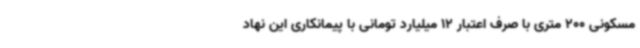
مسکونی 200 متری با صرف اعتبار 12 میلیارد تومانی با پیمانکاری این نهاد